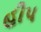
હીપ